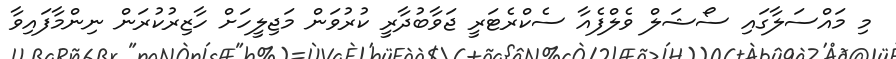
މި މައްސަލާގައި ސޯޝަލް ވެލްފެއާ ސެކްރެޓަރީ ޖަވާބުދާރީ ކުރުވަން މަޖިލީހަށް ހާޒިރުކުރަން ނިންމާފައިވާ